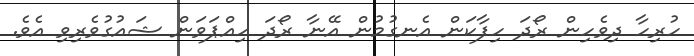
ހުރިހާ ދިވެހިން ރޯދަ ހިފާކަން އެނގުމުން އޭނާ ރޯދަ ހިއްޕަވަން ޝައުގުވެރިވި އެވެ.